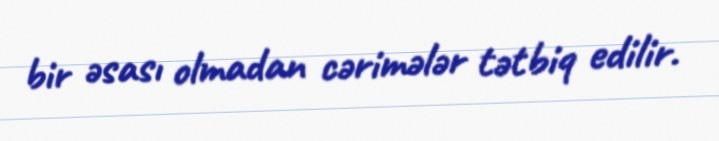
bir əsası olmadan cərimələr tətbiq edilir.